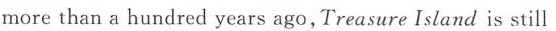
more than a hundred years ago,Treasure Island is still